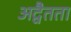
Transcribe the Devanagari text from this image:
अद्वैतता